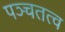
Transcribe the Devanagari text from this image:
पञ्चतत्व